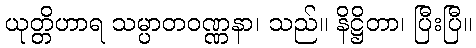
ယုတ္တိဟာရ သမ္ပာတဝဏ္ဏနာ၊ သည်။ နိဋ္ဌိတာ၊ ပြီးပြီ။